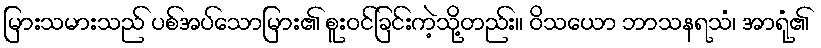
မြားသမားသည် ပစ်အပ်သောမြား၏ စူးဝင်ခြင်းကဲ့သို့တည်း။ ဝိသယော ဘာသနရသံ၊ အာရုံ၏